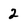
Character: 2